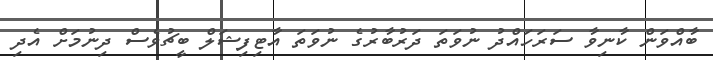
ބާއްވަން ކާނިވާ ސަރަހައްދު ނުވަތަ ދަރުބާރުގެ ނުވަތަ އާޓިފިޝަލް ބީޗުވެސް ދިނުމަށް އެދި